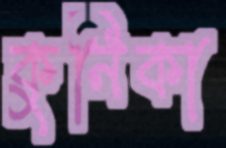
কুনিকা